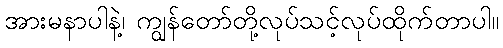
အားမနာပါနဲ့၊ ကျွန်တော်တို့လုပ်သင့်လုပ်ထိုက်တာပါ။